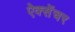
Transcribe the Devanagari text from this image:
ऐक्सेंचर